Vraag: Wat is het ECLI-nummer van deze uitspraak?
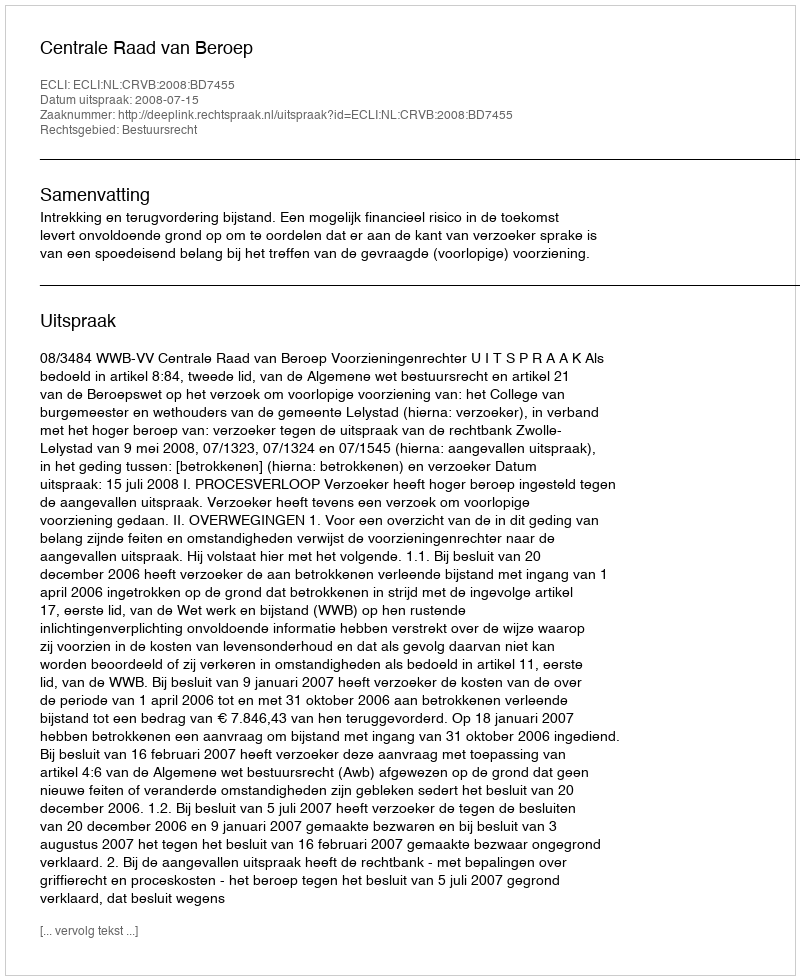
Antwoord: ECLI:NL:CRVB:2008:BD7455